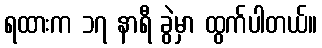
ရထားက ၁၇ နာရီ ခွဲမှာ ထွက်ပါတယ်။